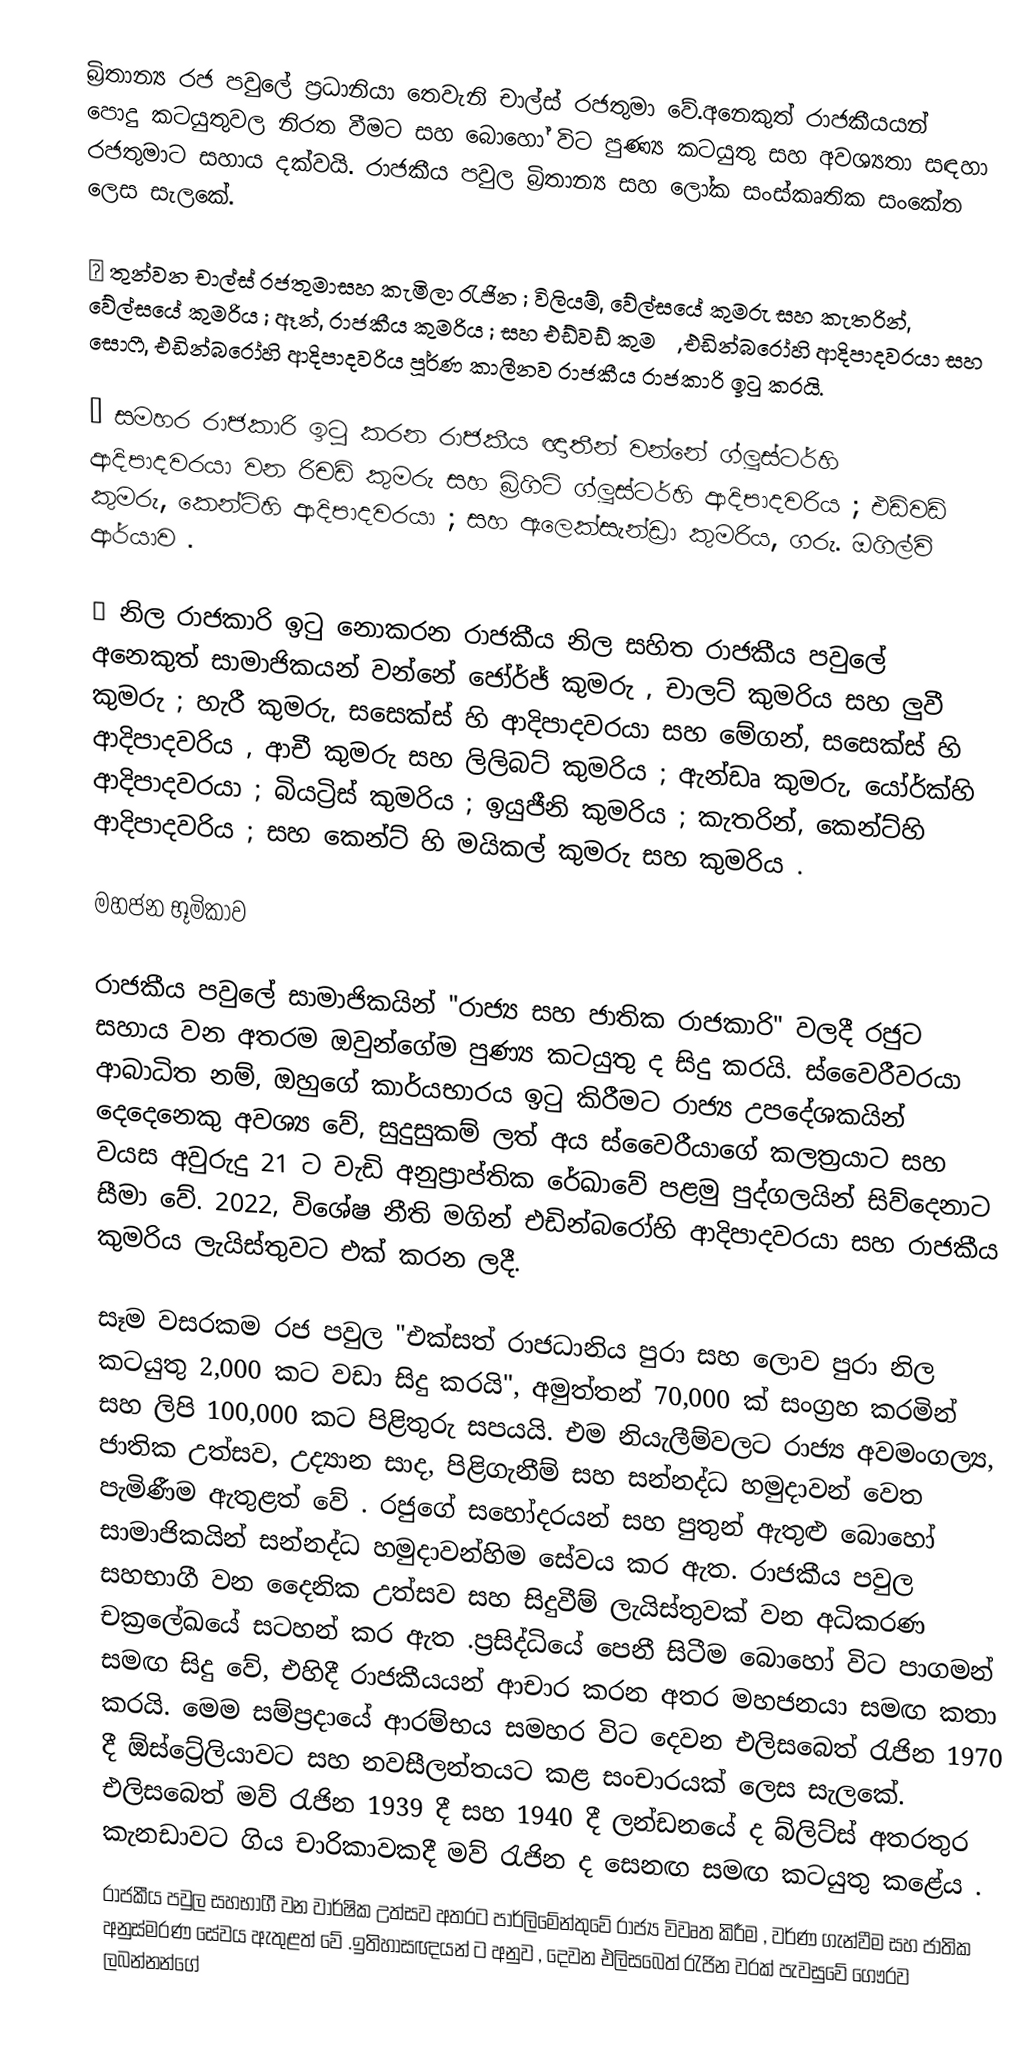
බ්‍රිතාන්‍ය රජ පවුලේ ප්‍රධානියා තෙවැනි චාල්ස් රජතුමා වේ.අනෙකුත් රාජකීයයන් පොදු කටයුතුවල නිරත වීමට සහ බොහෝ විට පුණ්‍ය කටයුතු සහ අවශ්‍යතා සඳහා රජතුමාට සහාය දක්වයි. රාජකීය පවුල බ්‍රිතාන්‍ය සහ ලෝක සංස්කෘතික සංකේත ලෙස සැලකේ.

● තුන්වන චාල්ස් රජතුමාසහ කැමිලා රැජින  ; විලියම්, වේල්සයේ කුමරු සහ කැතරින්, වේල්සයේ කුමරිය ; ඈන්, රාජකීය කුමරිය ; සහ එඩ්වඩ් කුමරු, එඩින්බරෝහි ආදිපාදවරයා සහ සොෆී, එඩින්බරෝහි ආදිපාදවරිය පූර්ණ කාලීනව රාජකීය රාජකාරි ඉටු කරයි.

● සමහර රාජකාරි ඉටු කරන රාජකීය ඥාතීන් වන්නේ ග්ලූස්ටර්හි ආදිපාදවරයා වන රිචඩ් කුමරු සහ බ්‍රිගිට් ග්ලූස්ටර්හි ආදිපාදවරිය ; එඩ්වඩ් කුමරු, කෙන්ට්හි ආදිපාදවරයා ; සහ ඇලෙක්සැන්ඩ්‍රා කුමරිය, ගරු. ඔගිල්වි ආර්යාව .

● නිල රාජකාරි ඉටු නොකරන රාජකීය නිල සහිත රාජකීය පවුලේ අනෙකුත් සාමාජිකයන් වන්නේ ජෝර්ජ් කුමරු , චාලට් කුමරිය සහ ලුවී කුමරු ; හැරී කුමරු, සසෙක්ස් හි ආදිපාදවරයා සහ මේගන්, සසෙක්ස් හි ආදිපාදවරිය , ආචී කුමරු සහ ලිලිබට් කුමරිය ; ඇන්ඩෘ කුමරු, යෝර්ක්හි ආදිපාදවරයා ; බියට්‍රිස් කුමරිය ; ඉයුජීනි කුමරිය ; කැතරින්, කෙන්ට්හි ආදිපාදවරිය ; සහ කෙන්ට් හි මයිකල් කුමරු සහ කුමරිය .

මහජන භූමිකාව

රාජකීය පවුලේ සාමාජිකයින් "රාජ්‍ය සහ ජාතික රාජකාරි" වලදී රජුට සහාය වන අතරම ඔවුන්ගේම පුණ්‍ය කටයුතු ද සිදු කරයි. ස්වෛරීවරයා ආබාධිත නම්, ඔහුගේ කාර්යභාරය ඉටු කිරීමට රාජ්‍ය උපදේශකයින් දෙදෙනෙකු අවශ්‍ය වේ, සුදුසුකම් ලත් අය ස්වෛරීයාගේ කලත්‍රයාට සහ වයස අවුරුදු 21 ට වැඩි අනුප්‍රාප්තික රේඛාවේ පළමු පුද්ගලයින් සිව්දෙනාට සීමා වේ. 2022, විශේෂ නීති මගින් එඩින්බරෝහි ආදිපාදවරයා සහ රාජකීය කුමරිය ලැයිස්තුවට එක් කරන ලදී.

සෑම වසරකම රජ පවුල "එක්සත් රාජධානිය පුරා සහ ලොව පුරා නිල කටයුතු 2,000 කට වඩා සිදු කරයි", අමුත්තන් 70,000 ක් සංග්‍රහ කරමින් සහ ලිපි 100,000 කට පිළිතුරු සපයයි. එම නියැලීම්වලට රාජ්‍ය අවමංගල්‍ය, ජාතික උත්සව, උද්‍යාන සාද, පිළිගැනීම් සහ සන්නද්ධ හමුදාවන් වෙත පැමිණීම ඇතුළත් වේ . රජුගේ සහෝදරයන් සහ පුතුන් ඇතුළු බොහෝ සාමාජිකයින් සන්නද්ධ හමුදාවන්හිම සේවය කර ඇත. රාජකීය පවුල සහභාගී වන දෛනික උත්සව සහ සිදුවීම් ලැයිස්තුවක් වන අධිකරණ චක්‍රලේඛයේ සටහන් කර ඇත .ප්‍රසිද්ධියේ පෙනී සිටීම බොහෝ විට පාගමන් සමඟ සිදු වේ, එහිදී රාජකීයයන් ආචාර කරන අතර මහජනයා සමඟ කතා කරයි. මෙම සම්ප්‍රදායේ ආරම්භය සමහර විට දෙවන එලිසබෙත් රැජින 1970 දී ඕස්ට්‍රේලියාවට සහ නවසීලන්තයට කළ සංචාරයක් ලෙස සැලකේ. එලිසබෙත් මව් රැජින 1939 දී සහ 1940 දී ලන්ඩනයේ ද බ්ලිට්ස් අතරතුර කැනඩාවට ගිය චාරිකාවකදී මව් රැජින ද සෙනඟ සමඟ කටයුතු කළේය .
රාජකීය පවුල සහභාගී වන වාර්ෂික උත්සව අතරට පාර්ලිමේන්තුවේ රාජ්‍ය විවෘත කිරීම , වර්ණ ගැන්වීම සහ ජාතික අනුස්මරණ සේවය ඇතුළත් වේ .ඉතිහාසඥයන් ට අනුව , දෙවන එලිසබෙත් රැජින වරක් පැවසුවේ ගෞරව ලබන්නන්ගේ